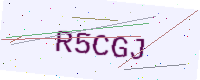
Text: R5CGJ